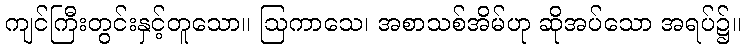
ကျင်ကြီးတွင်းနှင့်တူသော။ ဩကာသေ၊ အစာသစ်အိမ်ဟု ဆိုအပ်သော အရပ်၌။